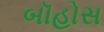
બૉહોસ